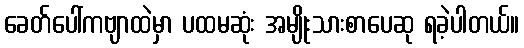
ခေတ်ပေါ်ကဗျာထဲမှာ ပထမဆုံး အမျိုးသားစာပေဆု ရခဲ့ပါတယ်။